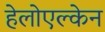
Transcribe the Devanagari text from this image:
हेलोएल्केन